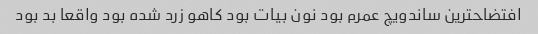
افتضاحترین ساندویچ عمرم بود نون بیات بود کاهو زرد شده بود واقعا بد بود